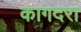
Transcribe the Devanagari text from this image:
कागदरा